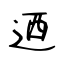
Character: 迺